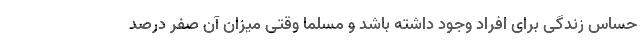
حساس زندگی برای افراد وجود داشته باشد و مسلما وقتی میزان آن صفر درصد